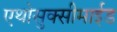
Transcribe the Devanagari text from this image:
एथोसुक्सीमाईड